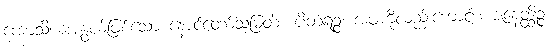
ကောသိယအနွယ်ဖြစ်သော နောင်တော်သူမြတ်။ ပိတရဉ္စ၊ အဖကိုလည်းကောင်း။ ဇနေတ္ထိဉ္စ၊